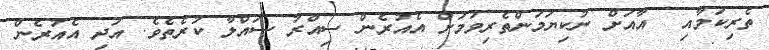
ތެރިކަމާއި  އާއަށް ނުކިޔަމަންތެރިވުމަށް އެއުރެން ސިއްރު ސައްލާ ކުރެތެވެ. އަދި އެއުރެން